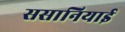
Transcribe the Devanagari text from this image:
ससानियाई